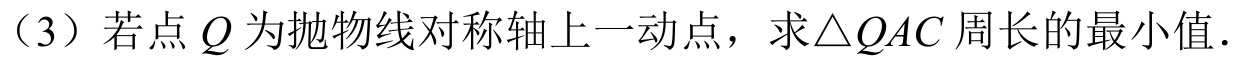
（3）若点\(Q\)为抛物线对称轴上一动点，求\(\triangle QAC\)周长的最小值.